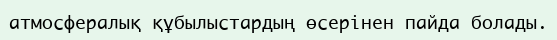
атмосфералық құбылыстардың өсерінен пайда болады.